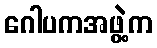
ဂေါပကအဖွဲ့က